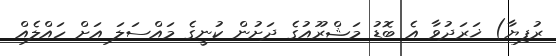
ރުފިޔާ) ޚަރަދުވާ އެ ބޮޑު މަޝްރޫއުގެ ދަށުން ކުނީގެ މައްސަލަ އަށް ހައްލެއް